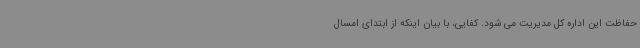
حفاظت این اداره کل مدیریت می شود. کفایی، با بیان اینکه از ابتدای امسال